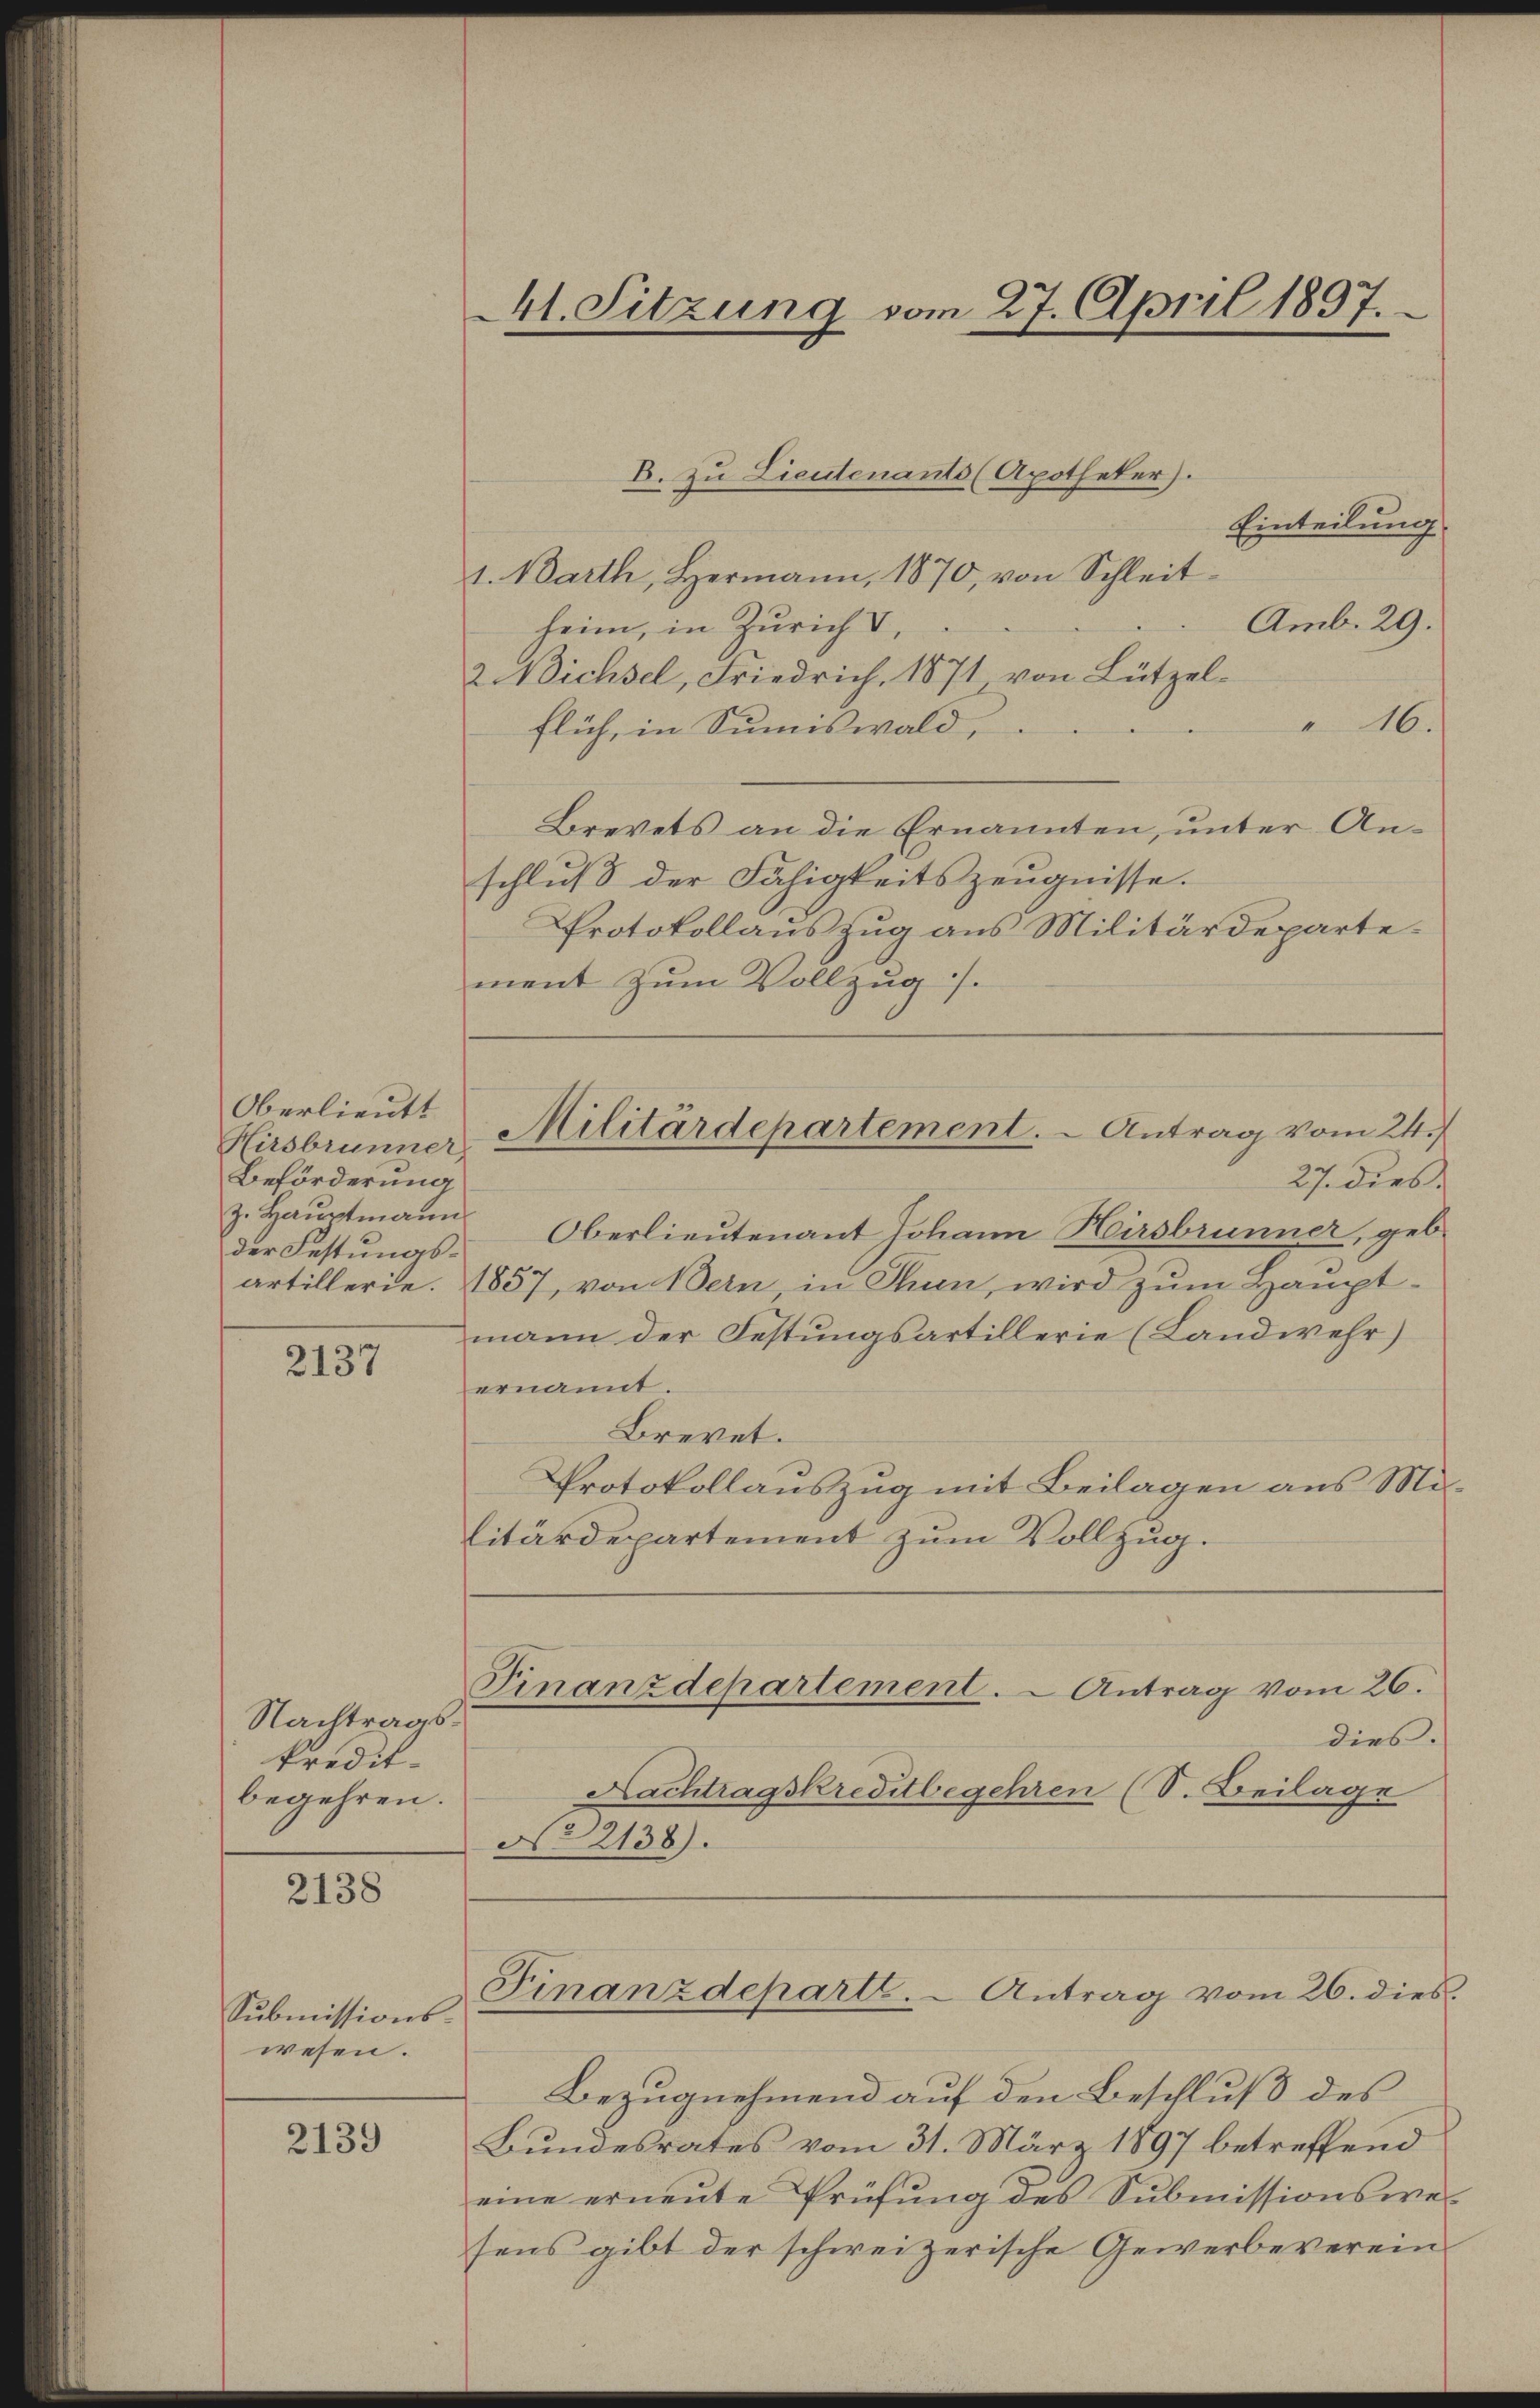
Oberlieutt
Hirsbrunner,
Beförderung
der Festungs-

2137

Nachtragskredit.
begehren.

2138

Submissionswesen.

2139

41. Sitzung vom 27. April 1897.

Einteilung
1. Marth, Hermann, 1870, von Schleit¬
Amb. 29.
heim, in Zürich V
2 Nichsel, Friedrich, 1871, von Lützel¬
46.
flich, in Summiswald,
Brevets an die Ernannten, unter Anschluß der Fähigkeitszeugnisse.
Protokollauszug aus Militärdepartement zum Vollzug.

B. zu Lieutenants (Apotheker).

Militärdepartement. - Antrag vom 24./

artillerie. 1857, von Bern, in Thun, wird zum Haupt-
mann der Festungsartillerie (Landwehr)
ernannt
Brevet.
Protokollauszug mit Beilagen aus Mi-
litärdepartement zum Vollzug.

27. dies
z. Haŭptmann Oberlieutenant Johann Hirsbrunner, geb.
Finanzdepartement. - Antrag vom 26.
dies.
Nachtragskreditbegehren (S. Beilage
No 2138).
Finanzdeparte. - Antrag vom 26. dies.
Bezugnehmend auf den Beschluß des
Bundesrates vom 31. März 1897 betreffend
eine erneŭte Prüfŭng des Submissionswe
sens gibt der schweizerische Gewerbeverein